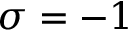
\sigma = - 1